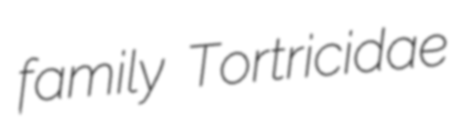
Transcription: family Tortricidae